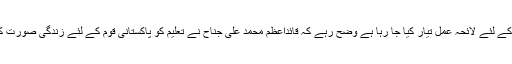
ریحان ہاشمی نے بتایا کہ لائبریری میں نئی نسل کی دلچسپی کے لئے نئی کتابیں فراہم کرنے کے لئے لائحہ عمل تیار کیا جا رہا ہے وضح رہے کہ قائداعظم محمد علی جناح نے تعلیم کو پاکستانی قوم کے لئے زندگی صورت کا مسئلہ قرار دیا تھا کیونکہ تعلیم حاصل کرکے ہی ہم دوسری قوموں سے مقابلہ کرسکتے ہیں۔